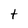
Character: t